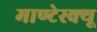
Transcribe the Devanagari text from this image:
माण्टेस्क्यू